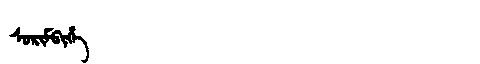
Manchu: ᠰᠣᡵᡳᠮᠪᡳᡥᡝ
Romanization: SORIMBIHE